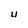
Character: U